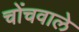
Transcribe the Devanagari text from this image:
चोंचवाले